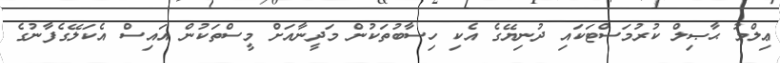
ޢިލްމު ޙާޞިލް ކުރުމަސްޓަކައި ދުނިޔޭގެ އެކި ހިސާބުތަކުން މަދީނާއަށް މީސްތަކުން އައިސް އެކަލޭގެފާނުގެ